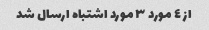
از ٤ مورد ٣ مورد اشتباه ارسال شد